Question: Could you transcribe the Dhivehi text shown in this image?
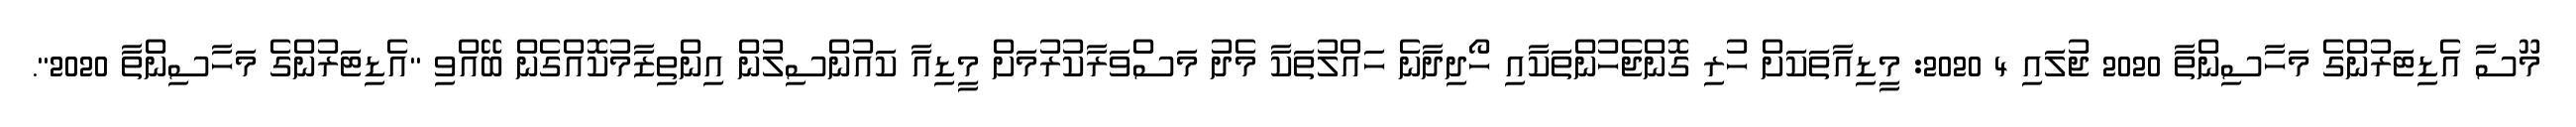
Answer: މޫސާ އެޑިޓަރުންގެ މަހާސިންތާ 2020 ޖުލައި 4 2020: މީޑިއާތަކަށް ހުރި ގޮންޖެހުންތަކާއި ހޯދިދާނެ ހައްލުތަކާ މެދު މަސްވަރާކުރުމަށް މީޑިއާ ކައުންސިލުން އިންތިޒާމުކޮއްގެން ބޭއްވި "އެޑިޓަރުންގެ މަހާސިންތާ 2020".